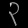
Digit: ၃